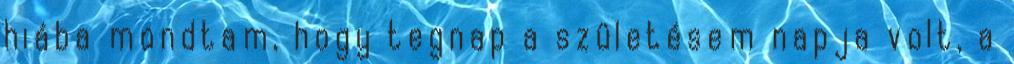
hiába mondtam, hogy tegnap a születésem napja volt, a